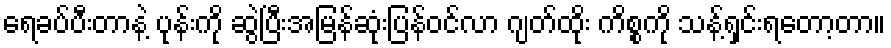
ရေခပ်ပီးတာနဲ့ ပုန်းကို ဆွဲပြီးအမြန်ဆုံးပြန်ဝင်လာ ဂျတ်ထိုး ကိစ္စကို သန့်ရှင်းရတော့တာ။